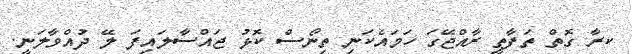
ކރާ ގޮތް ތަފާތީ ރާއްޖޭގަ ހަމައެކަނި ތިނޯސް ކޮޅު ޖައްސާލައިފަ ލޭ ދުއްވާލަނީ.